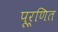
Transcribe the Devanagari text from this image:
पूर्णित